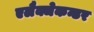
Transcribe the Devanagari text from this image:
एलैक्जेकन्डर